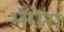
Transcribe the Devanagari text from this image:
भँगेरा